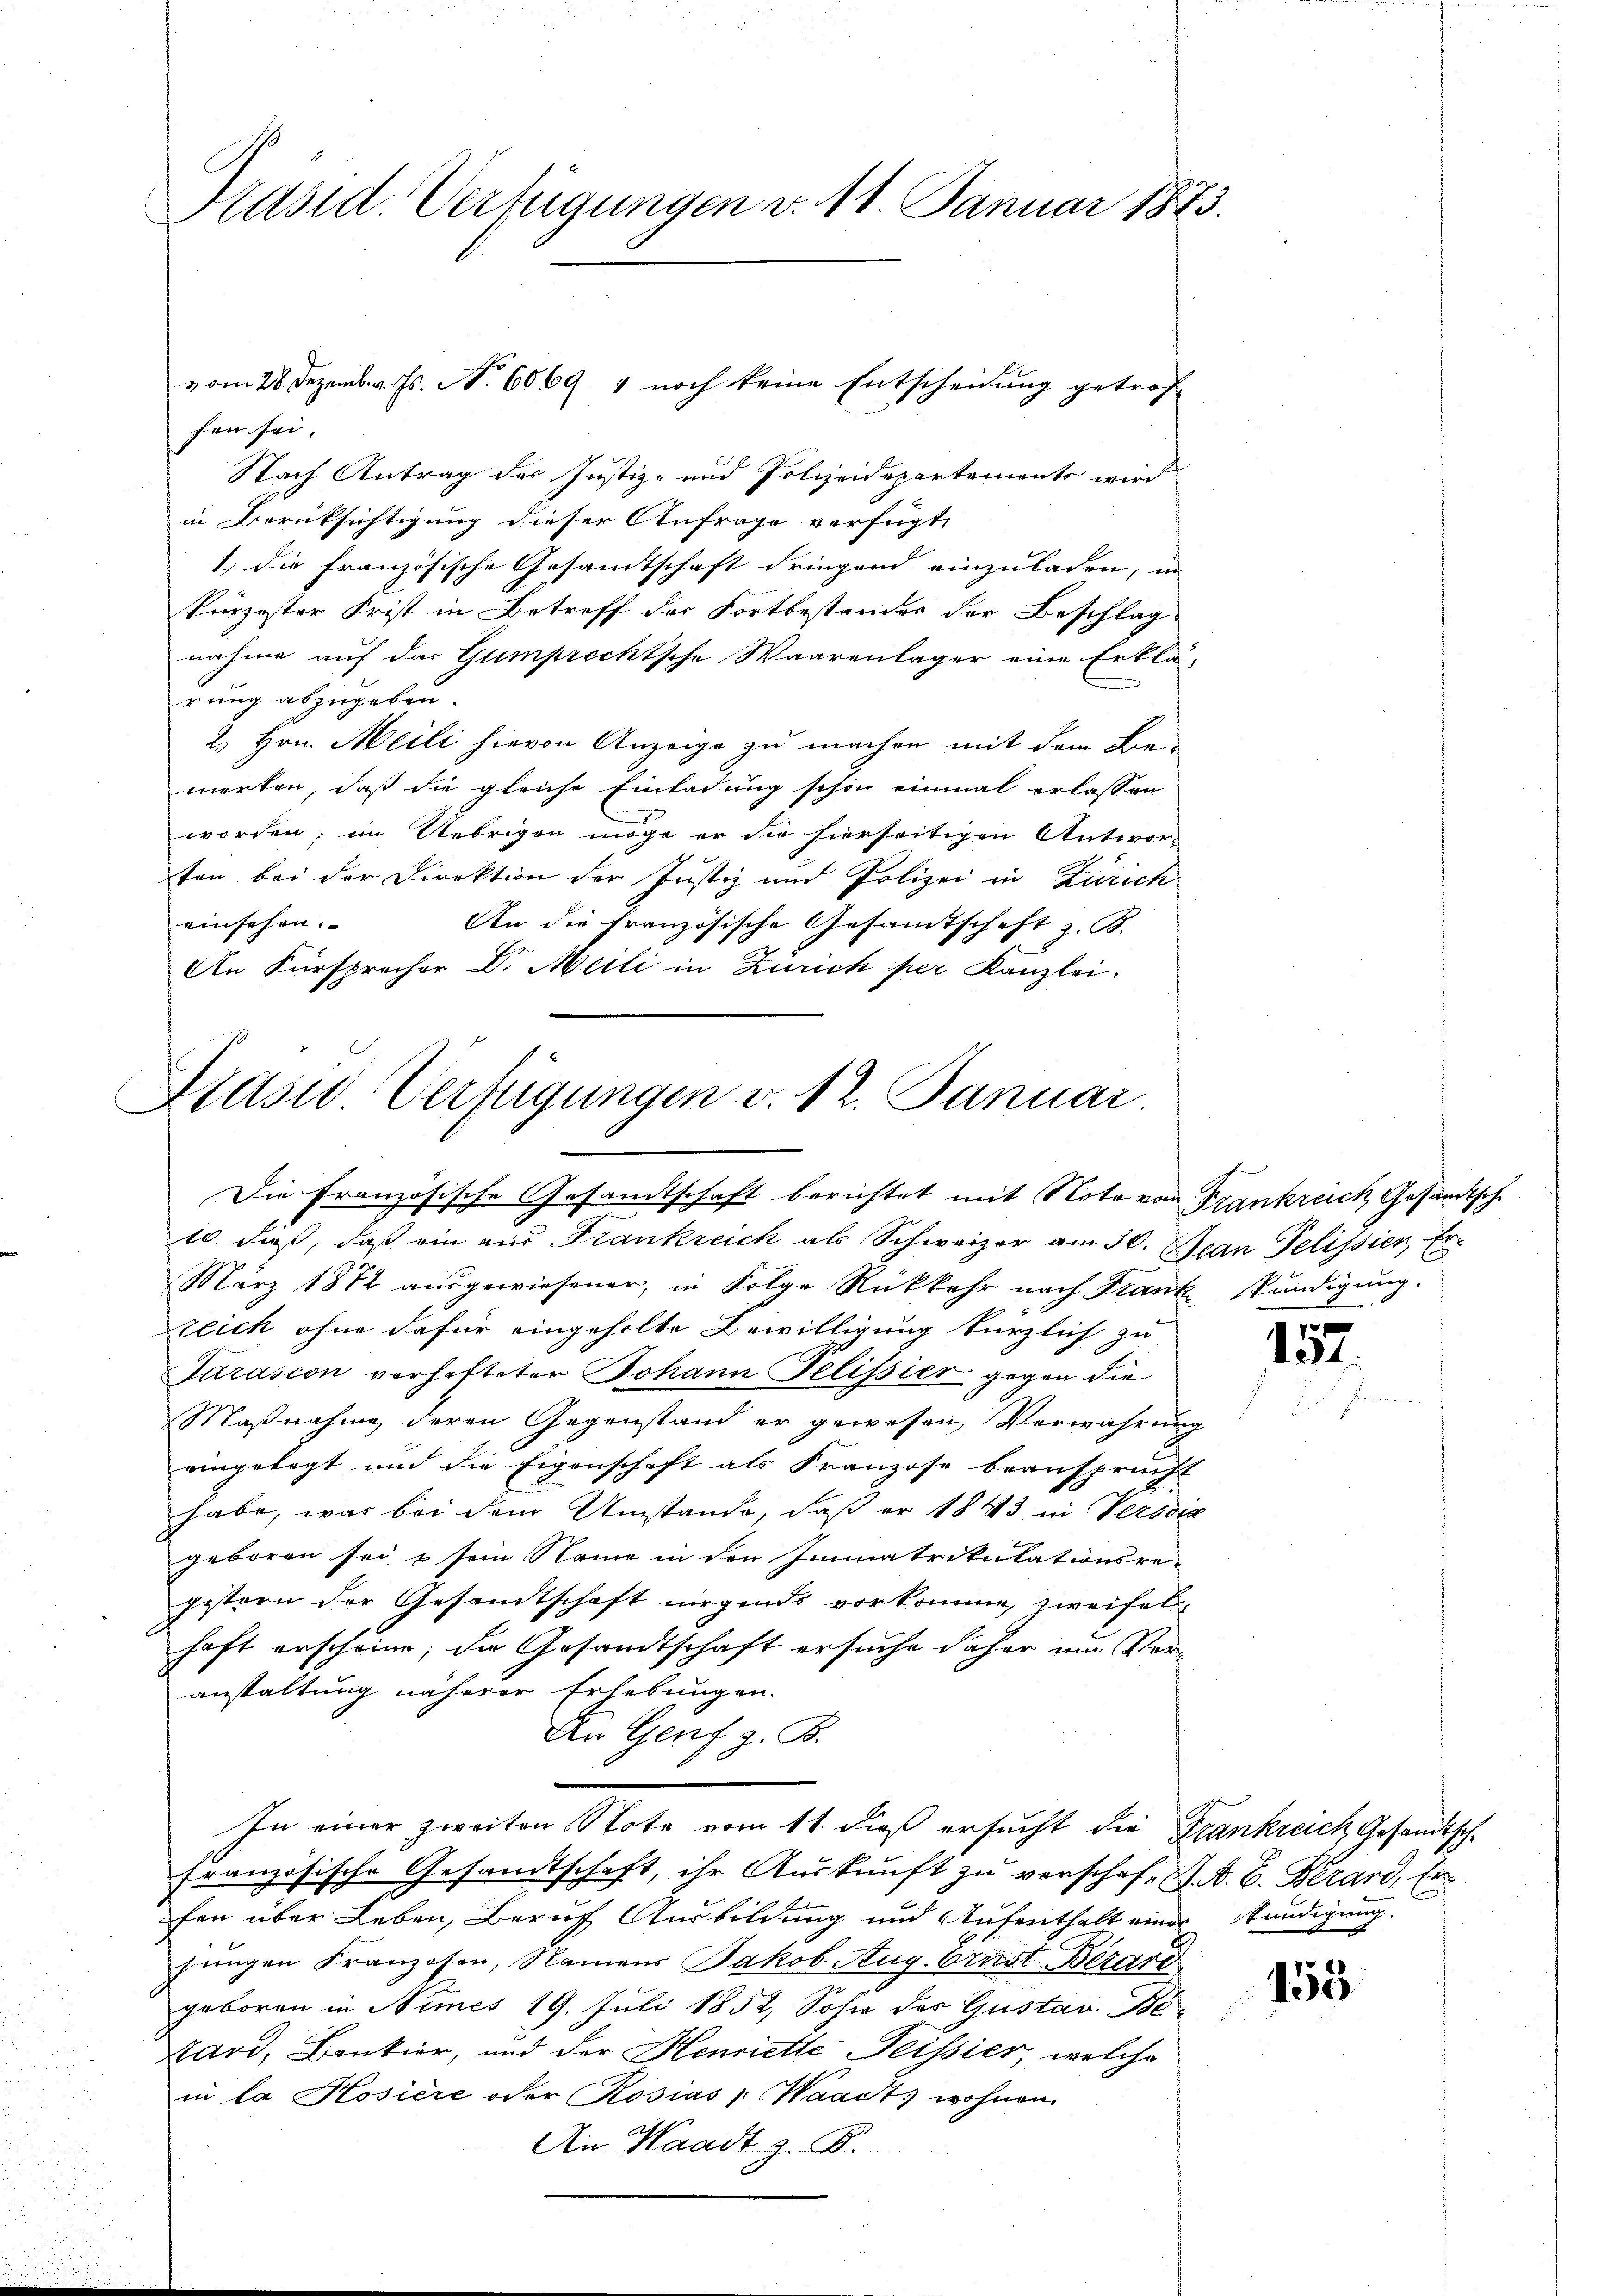
Präsid. Verfügungen v. 18. Januar 1873.

hen sei.
Nach Antrag des Justiz- und Polizeidepartements wird
in Berüksichtigung dieser Anfrage verfügt,
1. die französische Gesamtschaft dringend einzuladen, in
kürzester Frist in Betreff der Fortbestandes der Beschlag
nahme auf das Gumprechtsche Waarenlager eine Erklä-
rung abzugeben.
2. Hrn. Meili hievon Anzeige zu machen mit dem Bemerken, daß die gleiche Einladung schon einmal erlassen
worden; im Uebrigen möge er die hierseitigen Antwor-
ten bei der Direktion der Justiz und Polizei in Zürich
einsehen.
An die französische Gesamtschaft z. B.
An Fürsprecher Dr. Meili in Zürich per Kanzlei.

vom 28. Dezemb. v. Js. N. 6069. 4 noch keine Entscheidung getrof

Fidswo Verfügungen v. 12. Januar
Die französische Gesandtschaft berichtet mit Noto von Frankreich Gesandtsch

10. dieß, daß ein aus Frankreich als Schweizer am 30. Jean Pelissier, Er
März 1872 ausgewiesener, in Folge Rückkehr nach Frant Kündigung.
teich ohne dafür eingeholte Bewilligung kürzlich zu
Jurascon verhafteter Johann Felissier gegen die
Maßnahme deren Gegenstand er gewesen, Verwahrung
eingelegt und die Eigenschaft als Franzose beansprucht
habe, was bei dem Umstände, daß er 1843 in Versdia
geboren sei, & sein Name in den Immatrikulationsre-
gestern der Gesamtschaft nirgends vorkomme, zweifelhaft erscheine; die Gesandtschaft ersuche daher um Veranstaltung näherer Erhebungen.
An Genf z. B.
In einer zweiten Note vom 11. dieß ersucht die Frankreich Gesandtsch.
französische Gesandtschaft, ihr Auskunft zu verschaft J. A. B. Berard, Er
fen über Leben, Beruf Ausbildung und Aufenthalt einer Stündigung.
jungen Franzosen, Namens Jakob Aug. Ernst Berard
geboren in Nimes 19. Juli 1852, Sohn des Gustav Be-
Tard, Bankier, und der Henriette Tessier, welche
in la Hosiere oder Rosias : Waadt, wohnen.
An Waadt z. B.

152

155